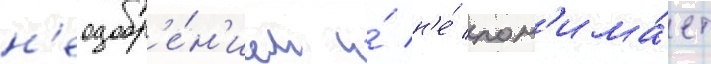
н'еодобр'е́н'ием и́ н'е́ пон'има́ет